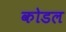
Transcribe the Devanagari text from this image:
कोडल